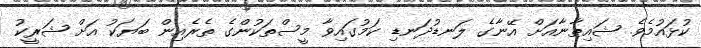
ކުޅައުމެވެ. ޝައިޠާނާއަށް އޭނާގެ ލަނޑުދަނޑި ކަމުގައިވާ މީސްތަކުންގެ ތެރެއިން ބަޔަކު އަށް ޝަރީކު